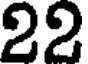
22